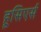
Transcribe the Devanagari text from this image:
हूसिएर्स